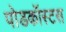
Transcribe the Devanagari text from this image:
पोडकॉस्टस